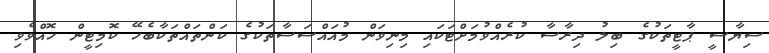
ސިޔާސީ ޕާޓީތަކުގެ ބިލު ދިރާސާ ކުރެއްވުމަށްޓަކައި މިނިވަން މުއައްސަސާތަކުގެ ކަންތައްތަކާބެހޭ ކޮމިޓީން ހޮއްވެވި